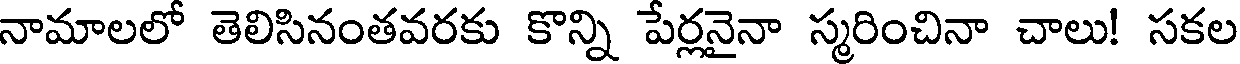
నామాలలో తెలిసినంతవరకు కొన్ని పేర్లనైనా స్మరించినా చాలు! సకల